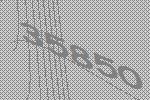
35850